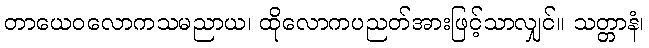
တာယေဝလောကသမညာယ၊ ထိုလောကပညတ်အားဖြင့်သာလျှင်။ သတ္တာနံ၊